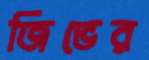
জিভের